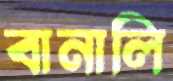
বানালি